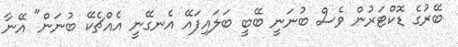
ބޭރުގެ ޑޮކްޓަރުން ވެސް ބުނަނީ ބޭބީ ބަލައިފައޭ އެނގޭނީ އެއްޗެކޭ ބުނަން" އޭނާ